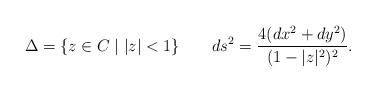
LaTeX: \begin{align*}\Delta=\{z \in C \mid |z|<1 \} \qquad ds^2=\frac{4(dx^2+dy^2)}{(1-|z|^2)^2}.\end{align*}